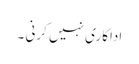
اداکاری نہیں کرنی ۔